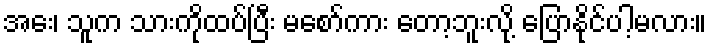
အေး၊ သူက သားကိုထပ်ပြီး မစော်ကား တော့ဘူးလို့ ပြောနိုင်ပါ့မလား။